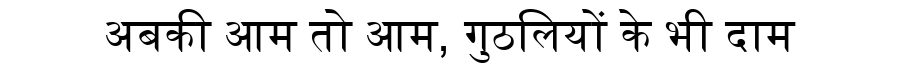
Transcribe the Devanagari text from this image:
अबकी आम तो आम, गुठलियों के भी दाम